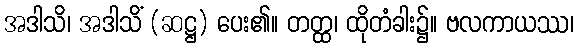
အဒါသိ၊ အဒါသိံ (ဆဋ္ဌ) ပေး၏။ တတ္ထ၊ ထိုတံခါး၌။ ဗလကာယဿ၊